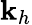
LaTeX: \mathbf{k}_{h}